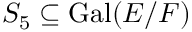
S _ { 5 } \subseteq \operatorname { G a l } ( E / F )